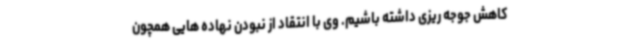
کاهش جوجه ریزی داشته باشیم. وی با انتقاد از نبودن نهاده هایی همچون